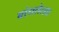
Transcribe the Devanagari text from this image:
बांधलेल्य़ा